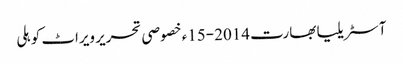
آسٹریلیا بھارت 2014-15ء خصوصی تحریر ویراٹ کوہلی